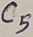
Text: C5